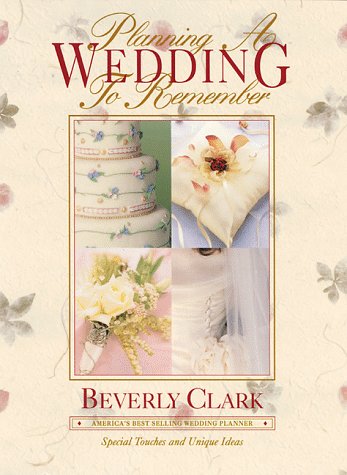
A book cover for Planning a Wedding to Remember: The Perfect Wedding Planner; Beverly Clark; Crafts, Hobbies & Home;